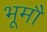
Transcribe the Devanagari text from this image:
भूमौ